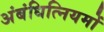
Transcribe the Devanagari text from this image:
अंबंधित्नियमों